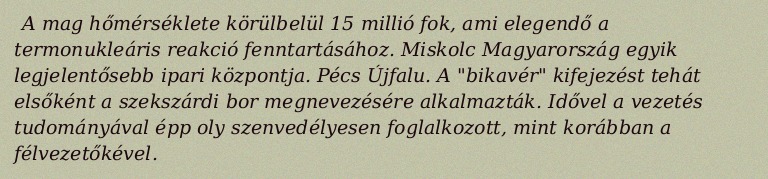
A mag hőmérséklete körülbelül 15 millió fok, ami elegendő a termonukleáris reakció fenntartásához. Miskolc Magyarország egyik legjelentősebb ipari központja. Pécs Újfalu. A "bikavér" kifejezést tehát elsőként a szekszárdi bor megnevezésére alkalmazták. Idővel a vezetés tudományával épp oly szenvedélyesen foglalkozott, mint korábban a félvezetőkével.